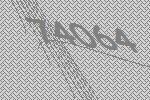
74064